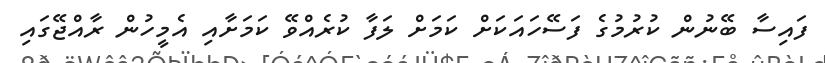
ފައިސާ ބޭނުން ކުރުމުގެ ފަސޭހައަކަށް ކަމަށް ލަފާ ކުރެއްވޭ ކަމަށާއި އެމީހުން ރާއްޖޭގައި